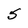
Character: 5